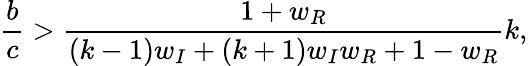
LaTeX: \frac{b}{c}>\frac{1+w_{R}}{(k-1)w_{I}+(k+1)w_{I}w_{R}+1-w_{R}}k,